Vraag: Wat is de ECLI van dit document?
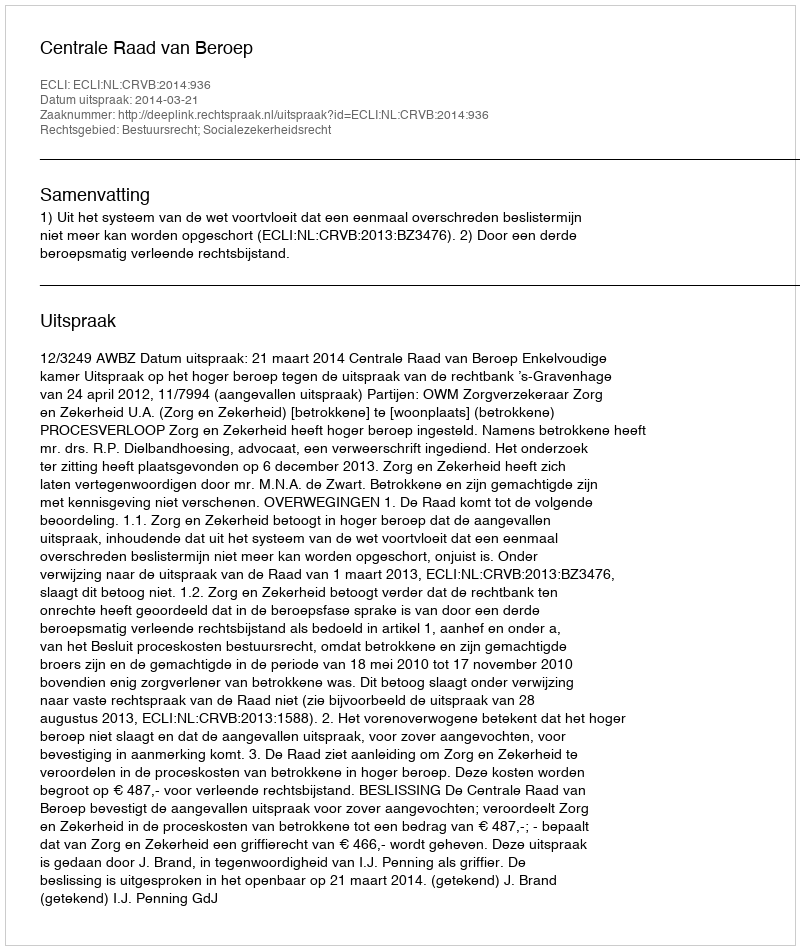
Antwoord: ECLI:NL:CRVB:2014:936